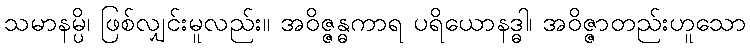
သမာနမ္ပိ၊ ဖြစ်လျှင်းမူလည်း။ အဝိဇ္ဇန္ဓကာရ ပရိယောနဒ္ဓါ၊ အဝိဇ္ဇာတည်းဟူသော